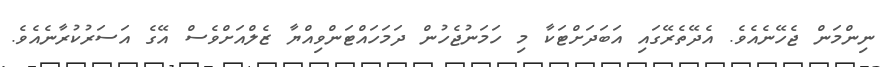
ނިންމަން ޖެހޭނެއެވެ. އެދޭތެރޭގައި އަބަދަށްޓަކާ މި ހަމަނުޖެހުން ދަމަހައްޓަންވިއްޔާ ޒެލްއަށްވެސް އޭގެ އަސަރުކުރާނެއެވެ.